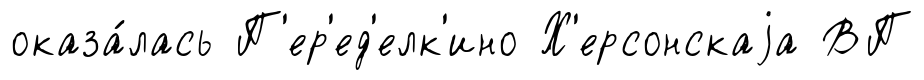
оказа́лась П'ер'ед'елк'ино Х'ерсонскаjа ВП